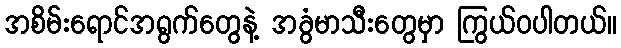
အစိမ်းရောင်အရွက်တွေနဲ့ အခွံမာသီးတွေမှာ ကြွယ်ဝပါတယ်။